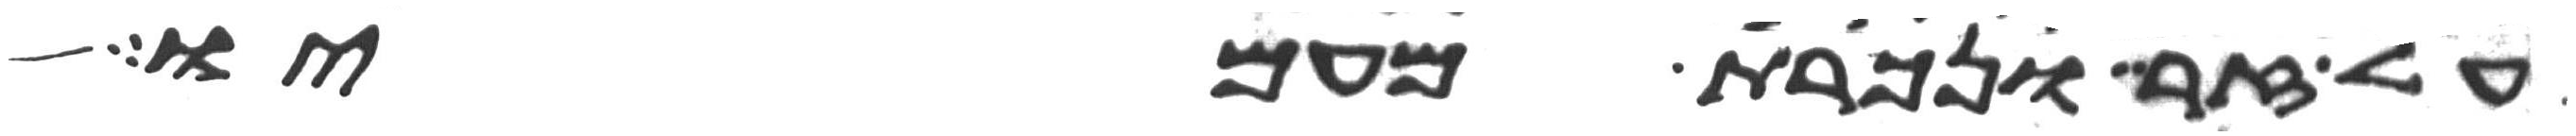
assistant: על זר ונכרת מעמיו